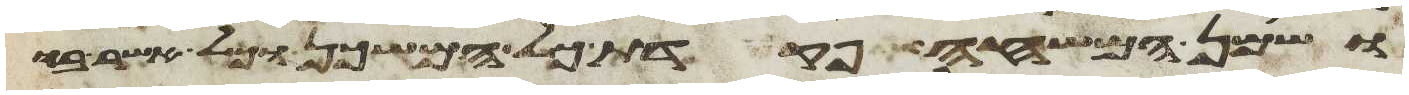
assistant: ושמן המשחה פקדת כל המשכן וכל אשר בו